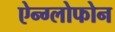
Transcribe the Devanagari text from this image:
ऐन्ग्लोफोन